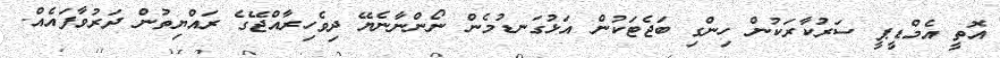
އޮތީ އެމްޑީޕީ ސަރުކާރަކުން ހިންގި ބަޖެޓަކުން އަޅުގަނޑުމެން ނޯންނާނެޔޭ ދިވެހިރާއްޖޭގެ ރައްޔިތުން ދަރުވާފައެއް.